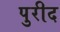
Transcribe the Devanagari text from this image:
पुरीद